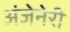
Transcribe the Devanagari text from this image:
अंजेनेरी